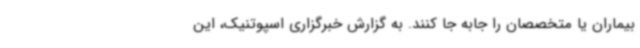
بیماران یا متخصصان را جابه جا کنند. به گزارش خبرگزاری اسپوتنیک، این